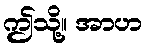
ဤသို့။ အာဟ